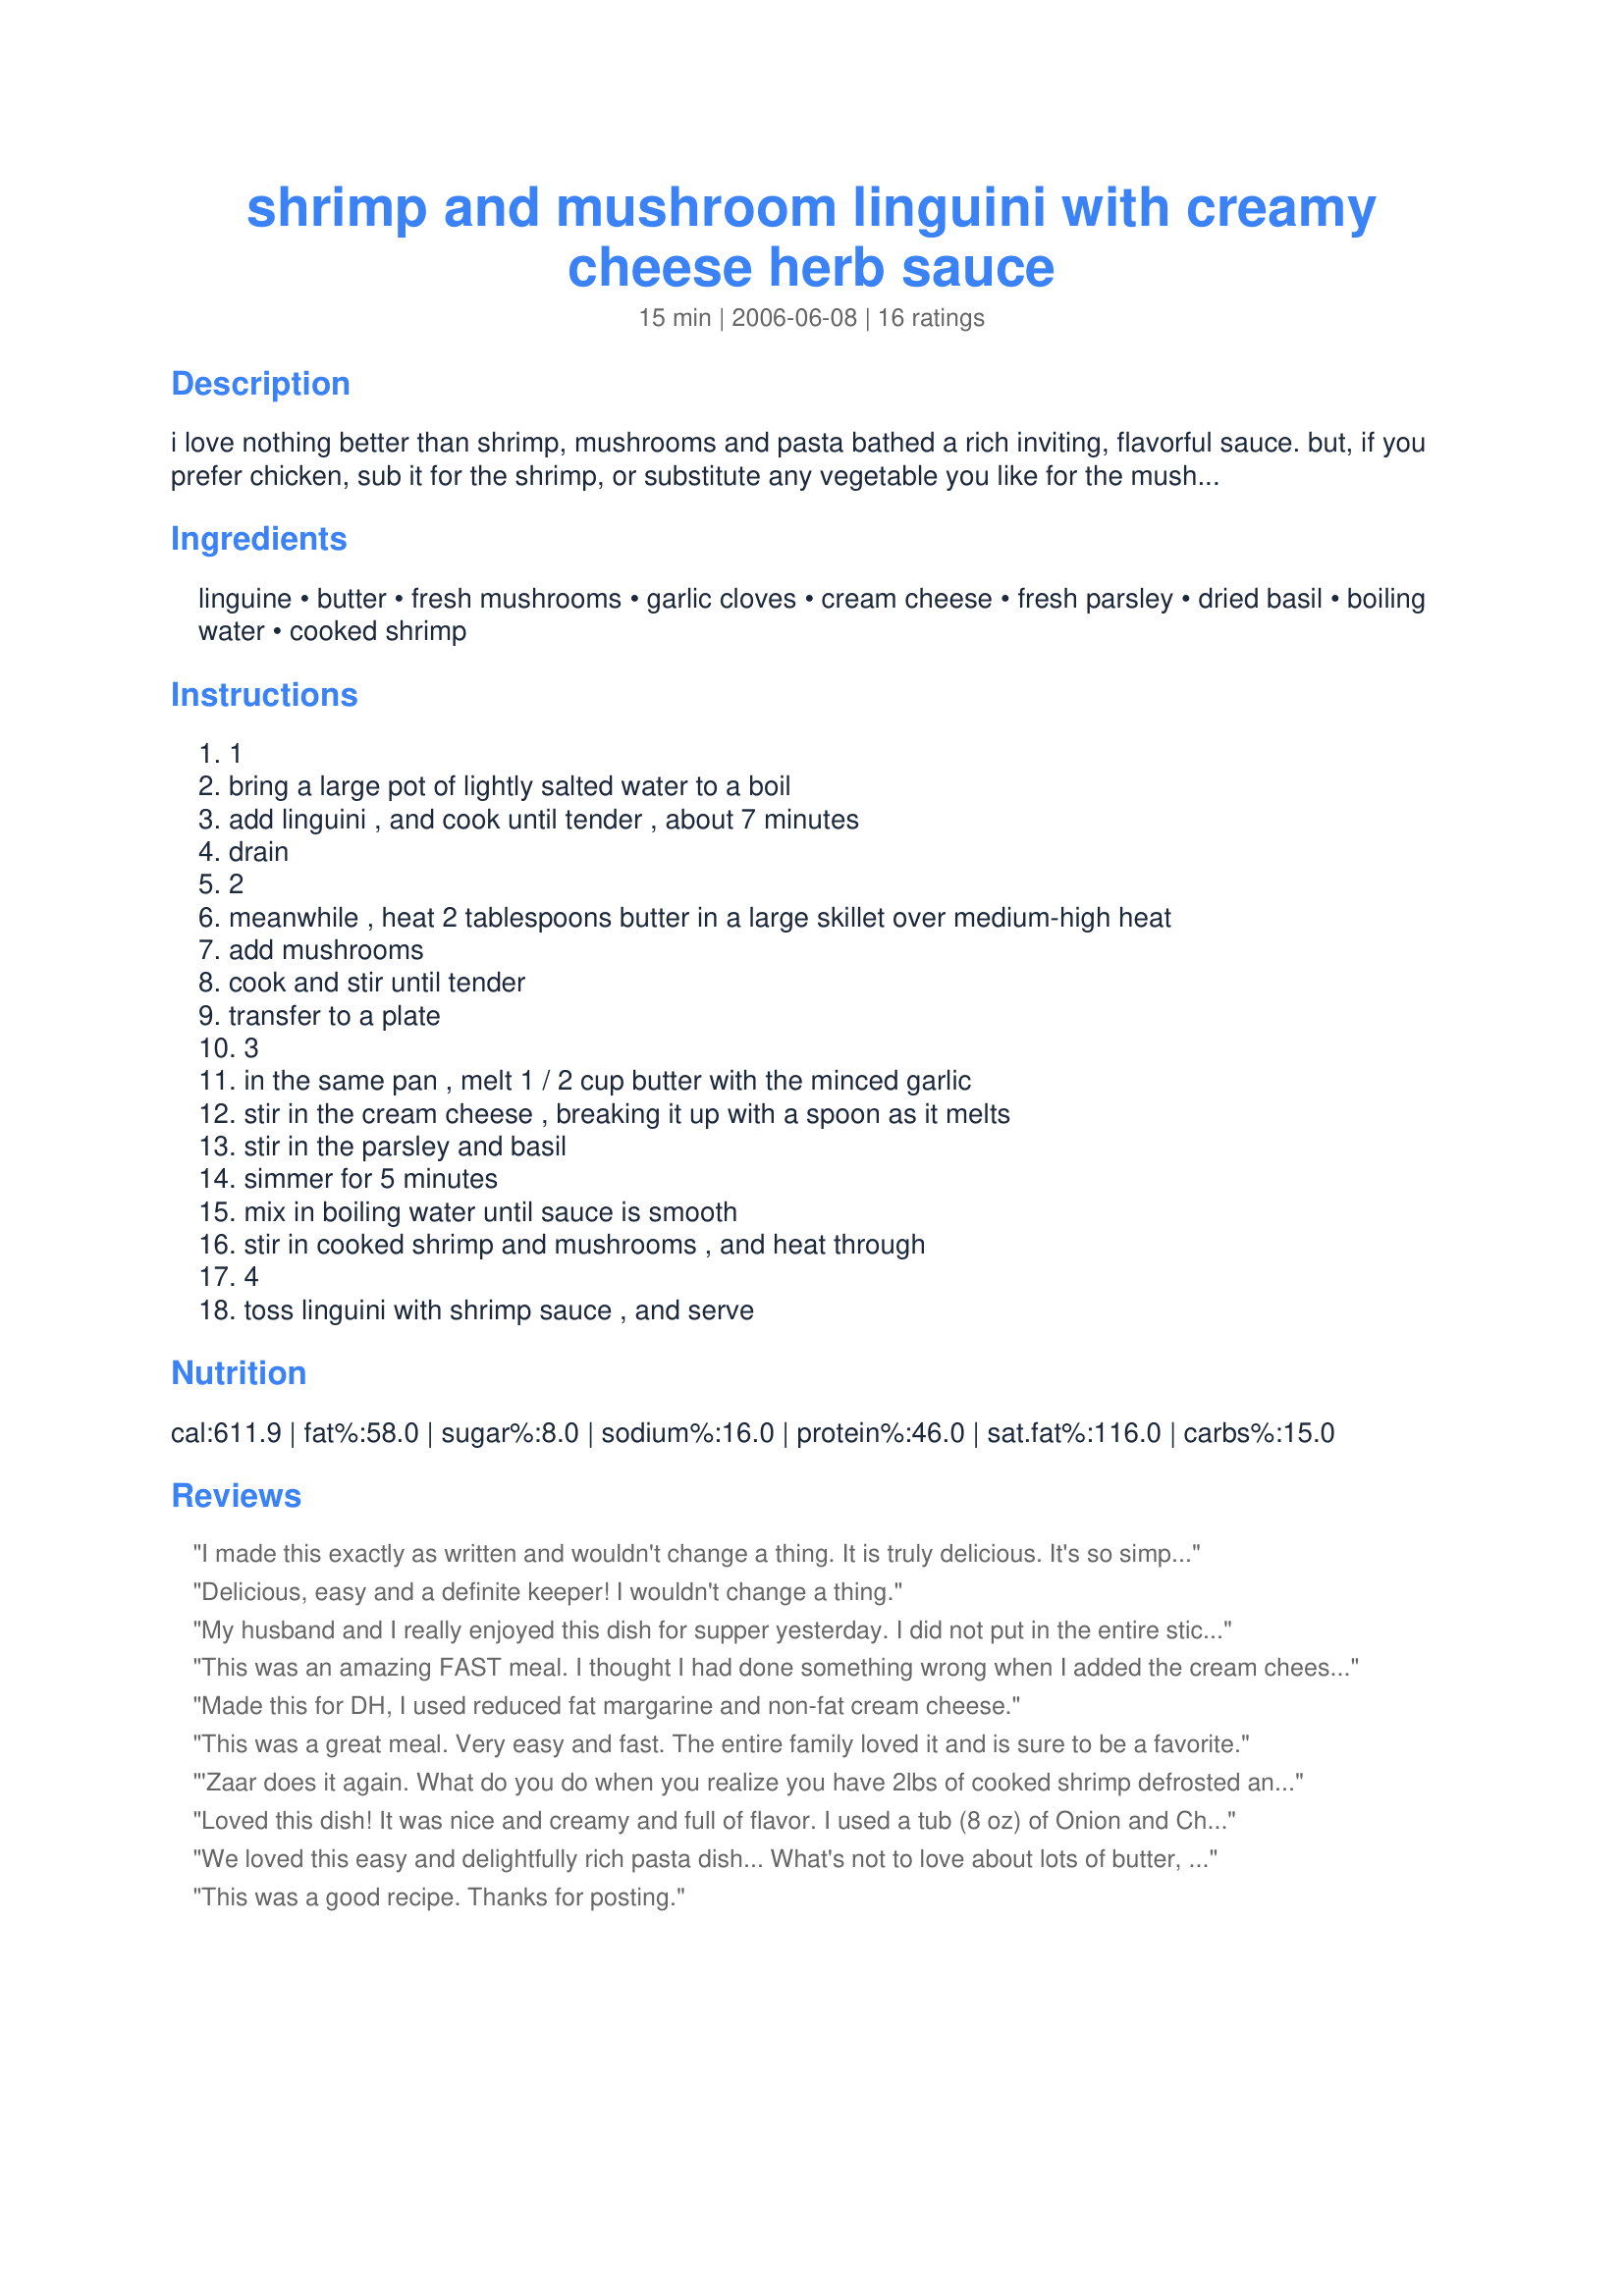
shrimp and mushroom linguini with creamy cheese herb sauce
Preparation time: 15 minutes

i love nothing better than shrimp, mushrooms and pasta bathed a rich inviting, flavorful sauce. but, if you prefer chicken, sub it for the shrimp, or substitute any vegetable you like for the mushrooms. this recipe is quite versatile and will lend itself to your imagination. the sauce is rich and full of flavor. i think you are going to love it : ) i found this on all recipes.

Ingredients:
linguine, butter, fresh mushrooms, garlic cloves, cream cheese, fresh parsley, dried basil, boiling water, cooked shrimp

Steps:
1, bring a large pot of lightly salted water to a boil, add linguini , and cook until tender , about 7 minutes, drain, 2, meanwhile , heat 2 tablespoons butter in a large skillet over medium-high heat, add mushrooms, cook and stir until tender, transfer to a plate, 3, in the same pan , melt 1 / 2 cup butter with the minced garlic, stir in the cream cheese , breaking it up with a spoon as it melts, stir in the parsley and basil, simmer for 5 minutes, mix in boiling water until sauce is smooth, stir in cooked shrimp and mushrooms , and heat through, 4, toss linguini with shrimp sauce , and serve

Reviews:
I made this exactly as written and wouldn't change a thing. It is truly delicious. It's so simple I know we will repeat this one often. Thanks, Bev.
Delicious, easy and a definite keeper! I wouldn't change a thing.
My husband and I really enjoyed this dish for supper yesterday. I did not put in the entire stick of butter, but otherwise followed the recipe. Thanks for sharing this keeper, Bev!
This was an amazing FAST meal. I thought I had done something wrong when I added the cream cheese and started melting it. It was chunky and curdled-looking as it melted. I figured it would taste okay though and kept going. When I added the boiling water the sauce smoothed out perfectly, so don't be afraid! The flavor was wonderful and the combination of shrimp, mushrooms, and creaminess was perfect. This was such a hit and the ease and speediness of it makes it hard not to make it often. Thanks!
Made this for DH, I used reduced fat margarine and non-fat cream cheese.
This was a great meal. Very easy and fast. The entire family loved it and is sure to be a favorite.
'Zaar does it again. What do you do when you realize you have 2lbs of cooked shrimp defrosted and needing to be used? Search on the 'Zaar for a recipe. Since I had more shrimp than needed for thes recipe, I doubled everything EXCEPT the butter - I just could not bring myself to put in 2 sticks of fat and the mushrooms - all I had was a 10oz package. I just used one. And I used 1 whole package of cream cheese (so 8 oz, vs. 6). It came out a bit soupy, so after pouring the sauce over the pasta (16oz of linquini fini), I let it sit for 3-5 minutes to let the pasta absorb it and it was perfect. I added a bit of salt and pepper to the sauce, and then tasted it, and found it salty enough, but then when I had the combined pasta/sauce, I felt it needed salt. I found that preparing this was a little hectic - the mushrooms, the sauce, and the pasta. Maybe it was because my two young daughters were underfoot. IDK, but I would make it again - it was a big hit with DH and the kids. I liked it, but didn't want to think about the fat and calories.
Loved this dish! It was nice and creamy and full of flavor. I used a tub (8 oz) of Onion and Chive cream cheese for the plain cream cheese and 1/3 cup milk and 1/3 cup white wine for the boiling water. Also used a pound of shrimp. Great recipe - will be making again
We loved this easy and delightfully rich pasta dish... What's not to love about lots of butter, mushrooms, shrimp and cream cheese??? The only change I had to make was use dried parsley since I had no fresh on hand... I served this with a green salad with a tangy dressing to offset the richness of this dish. It was perfect!!! We will make this one over and over... Thanks for posting!!!
This was a good recipe. Thanks for posting.
Awesome, easy, simple. Hubby and I finished the whole thing ourselves. Thanks for posting Bev!
Such an inviting dish to dig into! We thought it tasted fantastic, with nice rich flavor from the sauce. Perfect to serve to company too! Loved the shrimp and mushroom addition, and may even try adding some spinach in next time I make it. Excellent! Thanks Bev!
I used a leftover of cooked shrimp from yesterday. It was maybe 1/4 lb. Not enough but I knew it LOL I used spaghetti instead of linguine. I found that it was a lot of butter but I used light cream cheese. I found it weird cause the cream cheese was with lumps but then when I added the boiling water, it kind of dissolved. I didn't have parsley. Next time, I'll add more mushrooms. Thanks Bev. Made for Zaar Star Game.
Am new to this site and this is one of the first recipes I tried. OH MY GOD! Thanks Bev for one of the best meals I've ever made. Everyone loved it and today will be the thrid time in two weeks I've made it. To anyone considering this recipe - just do it - I promise you won't regret it.
I made this the other night, it was the Best shrimp dish i have ever made. I will definately have this many times a year. Told everyone i know to try it. The only thing i changed was I put in a pound of shrimp instead of a half a pound. I like my shrimp.
This was so fast to make! I used small shrimp meat and it really took on the flavor well. We didn't have enough cream cheese, so I added some soft goat cheese as well. Very tasty and filling.
